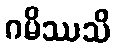
ဂမိဿသိ